Annual report of the Punjab Veterinary College and of the Civil Veterinary Department, Punjab - 1909-1919
Year: 1909
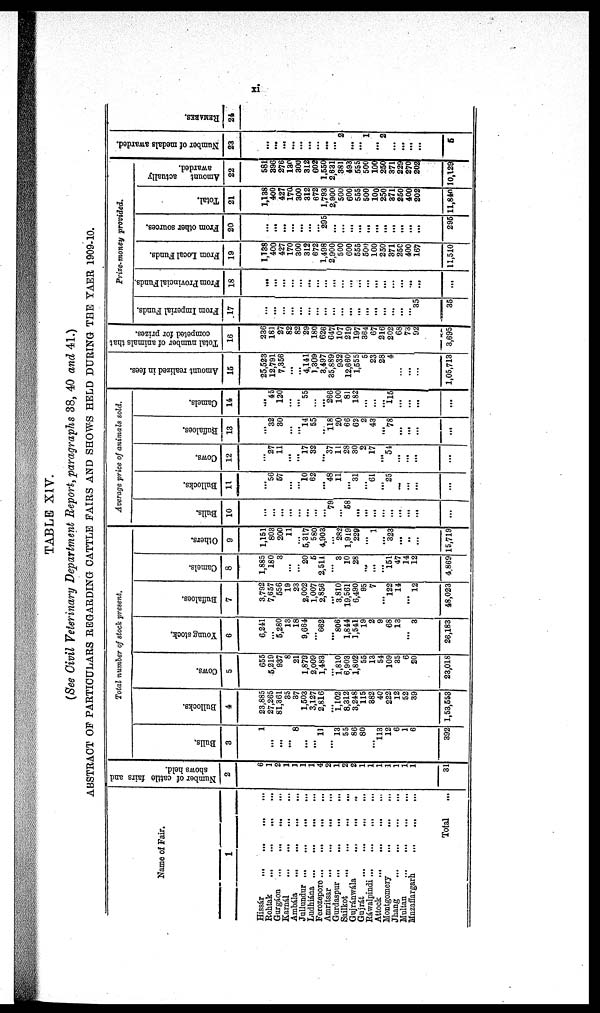
TABLE XIV.
(See Civil Veterinary Department Report, paragraphs 38, 40 and 41.)
ABSTRACT OF PARTICULARS REGARDING CATTLE FAIRS AND SHOWS HELD DURING THE YAER 1909-10.
Name of Fair.
1
Hissár
…
…
…
…
Rohtak
…
…
…
…
Gurgáon
…
…
…
…
Karnál
…
…
…
…
Ambála
…
…
…
…
Jullundur
…
…
…
…
Ludhiána
…
…
…
…
Ferozepore
…
…
…
…
Amritsar … … … …
Gurdaspur
…
…
…
…
Sailkot
…
…
…
…
Gujránwála … … …
Gujrát
…
…
…
…
Ráwalpindi … … … …
Attock … … … …
Montgomery … … …
Jhang
…
…
…
…
Multan
…
…
…
…
Muzaffargarh … … …
Total ...
Number of cattle fairs and
shows held.
2
6
1
2
1
3
1
1
4
2
1
2
2
1
1
1
1
1
1
1
31
Total number of stock present.
Bulls.
3
1
...
…
…
8
…
…
11
…
13
55
86
80
…
113
12
6
1
6
392
Bullocks.
4
23,885
27,265
81,361
35
37
1,503
3,127
2,816
…
1,102
8,312
3,248
115
882
40
222
12
52
39
1,53,553
Cows.
5
655
5,219
937
8
21
1,873
2,009
1,483
…
1,810
6,903
1,802
55
13
54
109
35
6
20
23,018
Young stock.
6
6,241
...
5,280
13
18
9,664
...
662
…
806
1,844
1,541
19
2
9
68
13
…
3
26,183
Buffaloes.
7
3,792
7,657
556
19
23
2,002
1,007
2,856
…
3,810
19,561
6,490
95
7
...
122
14
...
12
48,023
Camels.
8
1,885
180
3
...
...
20
5
2,511
...
3
10
28
…
...
...
151
47
14
12
4,869
Others.
9
1,151
803
200
11
...
5,317
580
4,903
...
282
1,919
229
...
1
...
323
…
…
...
15,719
Average price of animals sold.
Bulls.
10
…
...
…
...
...
...
…
...
79
…
58
…
…
…
...
…
…
…
…
...
Bullocks.
11
…
56
57
…
…
10
62
...
48
11
…
31
...
61
…
25
…
…
...
...
Cows.
12
…
27
11
…
…
17
32
...
37
11
28
30
2
17
…
54
…
...
…
...
Buffaloes.
13
…
32
30
…
…
14
55
…
118
20
66
62
2
43
...
78
…
…
…
…
Camels.
14
…
45
120
...
…
55
...
...
266
100
81
182
…
...
…
115
…
…
…
...
Amo u n t r eal i zed in fees.
15
25,523
12,791
7,356
...
...
4,141
1,309
3,497
35,889
932
12,660
1,555
5
23
28
4
…
…
…
1,05,713
Total number of animals that
competed for prizes.
16
236
181
27
82
82
29
180
626
647
107
219
197
364
67
216
202
68
73
92
3,695
Prize-money provided.
From Imperial Funds.
17
…
…
…
…
…
…
…
…
…
…
…
…
…
…
…
…
…
…
35
35
From Provincial Funds.
18
…
…
…
…
…
…
…
…
…
…
…
…
…
…
…
…
…
…
…
…
From Local Funds.
19
1,138
400
427
170
300
312
672
1,498
2,900
500
600
555
500
100
250
371
250
400
167
11,510
From other sources.
20
…
…
…
…
…
…
…
295
…
…
…
…
…
…
…
…
…
…
…
295
Total.
21
1,138
400
427
170
300
312
672
1,793
2,900
500
600
555
500
100
250
371
250
400
202
11,840
Amount actually
awarded.
22
581
396
276
130
300
312
602
1,550
2,631
381
493
555
500
100
250
371
229
270
202
10,129
Number of medals awarded.
23
…
…
…
…
…
…
…
…
…
2
…
…
1
…
2
…
…
…
...
5
REMARKS .
24